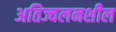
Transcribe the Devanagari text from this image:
अतिज्वलनशील